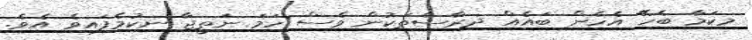
މިކަމާ ބެހޭ އެހެން ބައެއް ދިރާސާތަކުން ވެސް ހަމަ ނަތީޖާ ނިކުމެފައިވެ އެވެ.